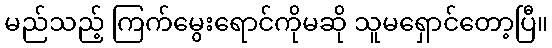
မည်သည့် ကြက်မွေးရောင်ကိုမဆို သူမရှောင်တော့ပြီ။